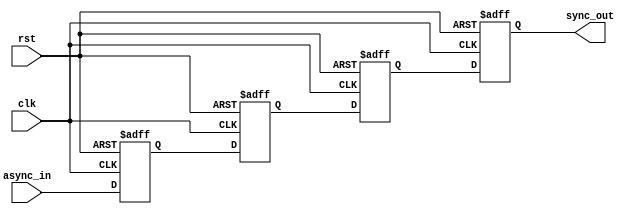
module triple_flip_flop_synchronizer (
    input wire async_in,  // Asynchronous input signal
    input wire clk,       // Clock signal of the target domain
    input wire rst,       // Asynchronous reset signal
    output reg sync_out   // Synchronized output signal
);

    // Internal flip-flop signals
    reg ff1, ff2, ff3;

    // Always block for the flip-flops
    always @(posedge clk or posedge rst) begin
        if (rst) begin
            // Asynchronous reset
            ff1 <= 1'b0;
            ff2 <= 1'b0;
            ff3 <= 1'b0;
            sync_out <= 1'b0;
        end else begin
            // Synchronization process
            ff1 <= async_in;  // Sample async input
            ff2 <= ff1;       // Pass to next flip-flop
            ff3 <= ff2;       // Pass to final flip-flop
            sync_out <= ff3;  // Output synchronized signal
        end
    end

endmodule